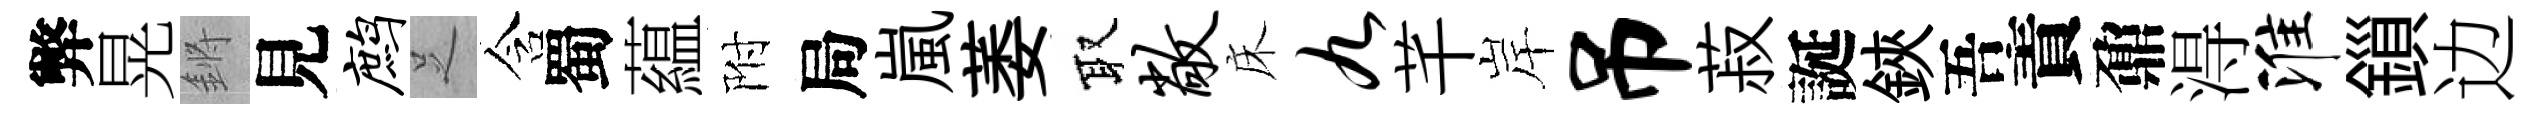
弊晃鏘見鹧𠯁含蜀藴附局嵐萎取敞床九芊岸吊菽誕鋏吾責鼐淂淮鎻边